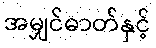
အမျှင်ဓာတ်နှင့်